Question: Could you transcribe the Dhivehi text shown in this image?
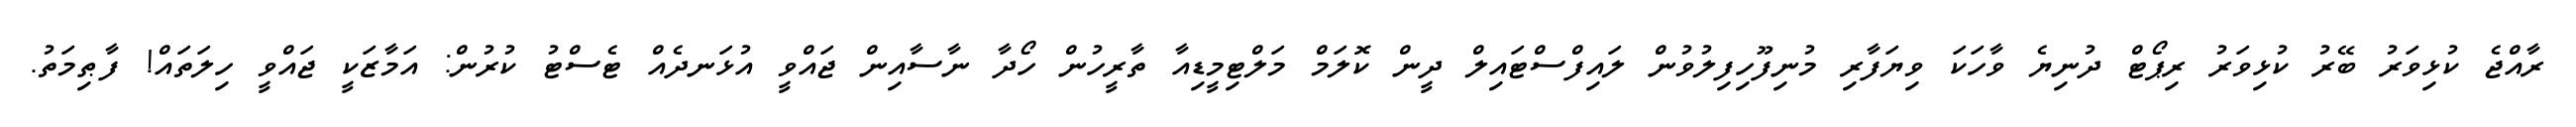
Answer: ރާއްޖެ ކުޅިވަރު ބޭރު ކުޅިވަރު ރިޕޯޓް ދުނިޔެ ވާހަކަ ވިޔަފާރި މުނިފޫހިފިލުވުން ލައިފްސްޓައިލް ދީން ކޮލަމް މަލްޓިމީޑިއާ ތާރީހުން ހޯދާ ނާސާއިން ޖައްވީ އުޅަނދެއް ޓެސްޓު ކުރުން: އަމާޒަކީ ޖައްވީ ހިލަތައް! ފާޠިމަތު.